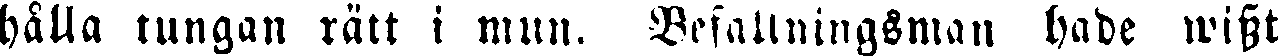
hålla tungan rätt i mun. Befallningsman hade wisst